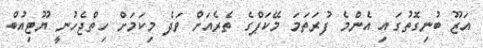
އަޒޫ ބުނިގޮތުގައި އެންމެ ފުރަތަމަ މޭކަޕްގެ ތެރެއަށް ވަދެ މިކަމަށް ހިތްޖެހުނީ ޔޫޓިއުބް